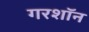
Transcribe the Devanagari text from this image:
गरशॉन